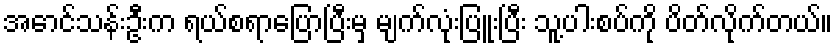
အောင်သန်းဦးက ရယ်စရာပြောပြီးမှ မျက်လုံးပြူးပြီး သူ့ပါးစပ်ကို ပိတ်လိုက်တယ်။